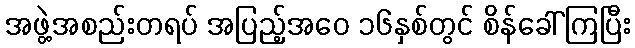
အဖွဲ့အစည်းတရပ် အပြည့်အဝေ ၁၆နှစ်တွင် စိန်ခေါ်ကြပြီး